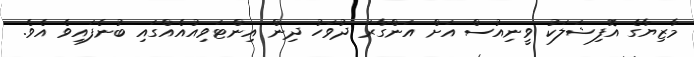
މާޒިޔާގެ އޮފިޝަލަކު ވީނިއުސް އަށް އަންގާރަ ދުވަހު ދިން އިންޓަވިއުއެއްގައި ބުނެފައިވެ އެވެ.